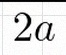
2a